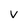
Character: v